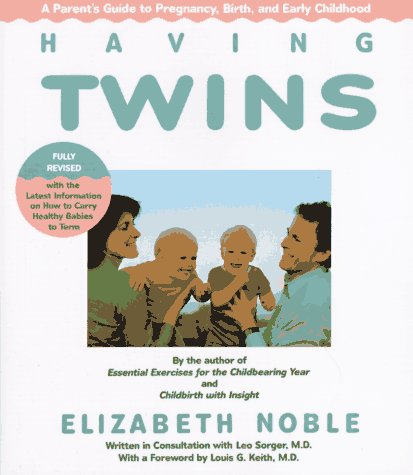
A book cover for Having Twins: A Parent's Guide to Pregnancy, Birth and Early Childhood; Elizabeth Noble; Parenting & Relationships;